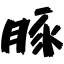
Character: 豚